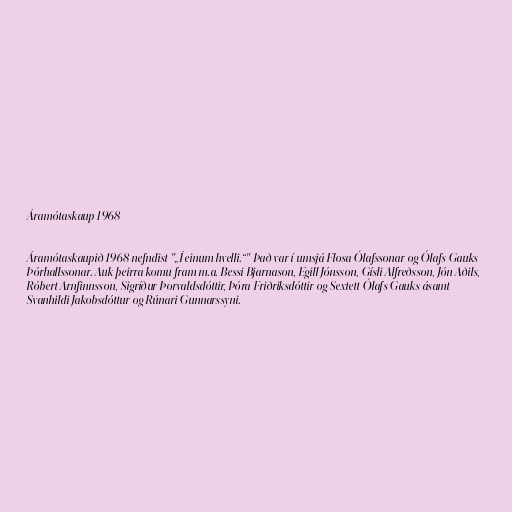
Áramótaskaup 1968

Áramótaskaupið 1968 nefndist "„Í einum hvelli.“" Það var í umsjá Flosa Ólafssonar og Ólafs Gauks
Þórhallssonar. Auk þeirra komu fram m.a. Bessi Bjarnason, Egill Jónsson, Gísli Alfreðsson, Jón Aðils,
Róbert Arnfinnsson, Sigríður Þorvaldsdóttir, Þóra Friðriksdóttir og Sextett Ólafs Gauks ásamt
Svanhildi Jakobsdóttur og Rúnari Gunnarssyni.